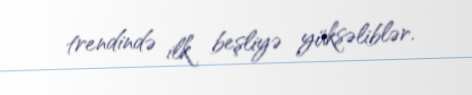
trendində ilk beşliyə yüksəliblər.